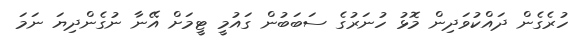
ހުރެގެން ދައްކުވަދިން މޮޅު ހުނަރުގެ ސަބަބުން ގައުމީ ޓީމަށް އޭނާ ނުގެންދިޔަ ނަމަ